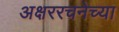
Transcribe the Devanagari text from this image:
अक्षररचनेच्या